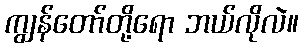
ကျွန်တော်တို့ရော ဘယ်လိုလဲ။